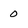
Character: 0